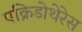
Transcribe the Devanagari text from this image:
एक्रिडोथेरेस